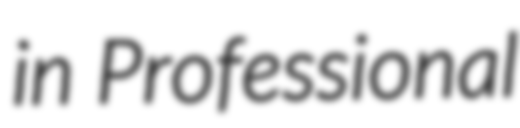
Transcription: in Professional